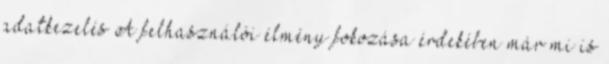
adatkezelés A felhasználói élmény fokozása érdekében már mi is